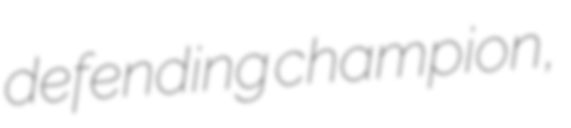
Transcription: defending champion,